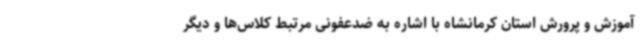
آموزش و پرورش استان کرمانشاه با اشاره به ضدعفونی مرتبط کلاس‌ها و دیگر